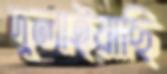
দুলাইয়াছি